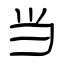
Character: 当